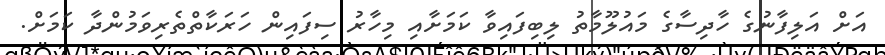
އަށް އަލިފާނުގެ ހާދިސާގެ މައުލޫމާތު ލިބިފައިވާ ކަމަށާއި މިހާރު ސިފައިން ހަރަކާތްތެރިވަމުންދާ ކަމަށް.